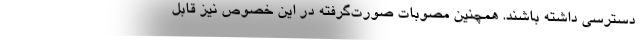
دسترسی داشته باشند. همچنین مصوبات صورت‌گرفته در این خصوص نیز قابل